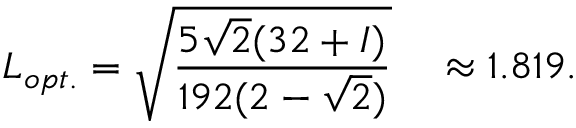
L _ { o p t . } = \sqrt { \frac { 5 \sqrt { 2 } ( 3 2 + { \cal I } ) } { 1 9 2 ( 2 - \sqrt { 2 } ) } } ~ ~ ~ \approx 1 . 8 1 9 .